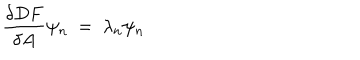
{ \frac { \delta D F } { \delta A } } \psi _ { n } ~ = ~ \lambda _ { n } \psi _ { n }